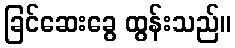
ခြင်ဆေးခွေ ထွန်းသည်။